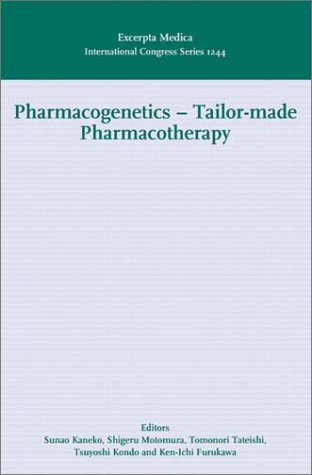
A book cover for Pharmacogenetics - Tailor-made Pharmacotherapy: Proceeding of the 5th Meeting of the Hirosaki International Forum of Medical Science - ... 2001, ICS 1244, 1e (International Congress); Medical Books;